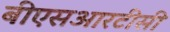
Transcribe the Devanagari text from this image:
बीएसआरटीसी